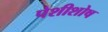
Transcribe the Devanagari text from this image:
पेशीशोष